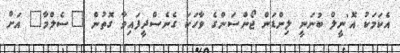
އެކަމަކު އޮ'ނީލް ބުނަނީ ލިންޑަން ޖޯންސަންގެ ވާހަކަ ގެނެސްދީފައިވާ ގޮތުން "ސެލްމާ" އަށް